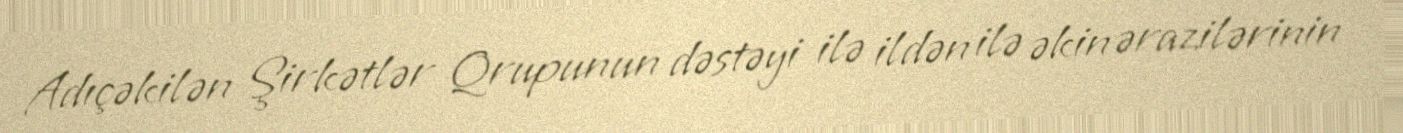
Adıçəkilən Şirkətlər Qrupunun dəstəyi ilə ildən ilə əkin ərazilərinin